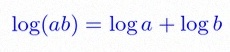
\log(ab)=\log a+\log b